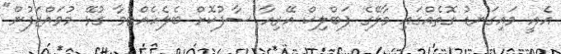
އެއީ މައިގަނޑު ގޮތެއްގައި މާލޭގެ ޕަބްލިކް އޭރިއާ ސާފުކޮށް ބެލެހެއްޓުމާ ގުޅޭ މުވައްޒަފުން"